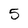
Character: 5